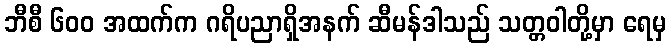
ဘီစီ ၆၀၀ အထက်က ဂရိပညာရှိအနက် ဆီမန်ဒါသည် သတ္တဝါတို့မှာ ရေမှ